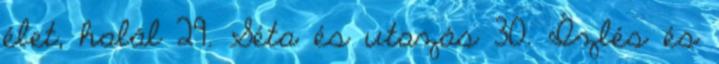
élet, halál 29. Séta és utazás 30. Ízlés és